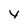
Character: y